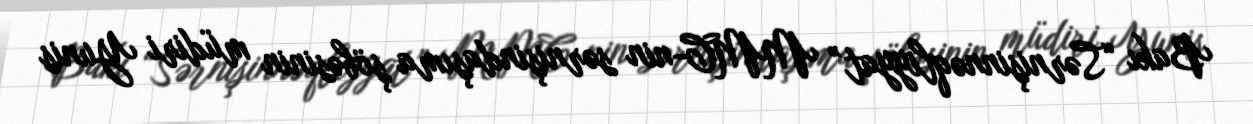
Bakı “Sərnişinnəqliyyat” MMC-nin sərnişindaşıma şöbəsinin müdiri Yunis